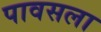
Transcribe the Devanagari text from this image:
पावसला